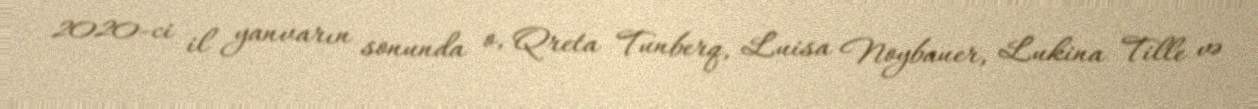
2020-ci il yanvarın sonunda o, Qreta Tunberq, Luisa Noybauer, Lukina Tille və